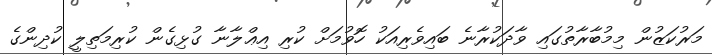
މަރުކަޒުން މިމުބާރާތުގައި ވާދަކުރާނެ ބައިވެރިއަކު ހޮވުމަށް ކުރި އިޢްލާނާ ގުޅިގެން ކުރިމަތިލީ ކުދިންގެ